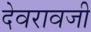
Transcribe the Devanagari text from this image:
देवरावजी